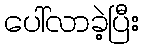
ပေါ်လာခဲ့ပြီး